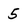
Character: 5